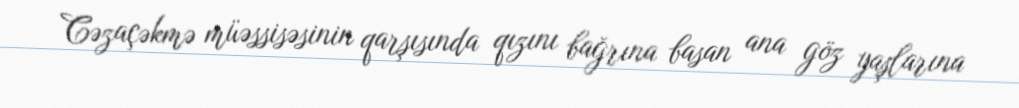
Cəzaçəkmə müəssisəsinin qarşısında qızını bağrına basan ana göz yaşlarına